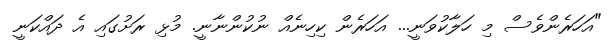
"އަހަރެންވެސް މި ހަލާކުވަނީ... އަހަރެން ކިހިނެއް ނުކުންނާނީ. މުޅި ރަށުގައި އެ ދައްކަނީ